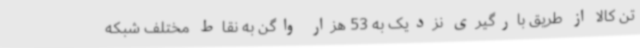
تن کالا از طریق بارگیری نزدیک به 53 هزار واگن به نقاط مختلف شبکه